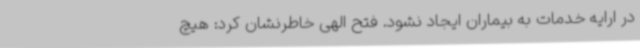
در ارایه خدمات به بیماران ایجاد نشود. فتح الهی خاطرنشان کرد: هیچ